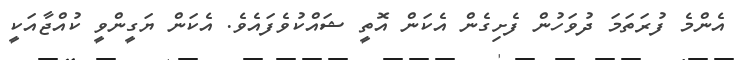
އެންމެ ފުރަތަމަ ދުވަހުން ފެށިގެން އެކަން އޮތީ ޝައްކުވެފައެވެ. އެކަން ޔަގީންވީ ކުއްޖާއަކީ